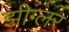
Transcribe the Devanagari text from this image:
झीग्लर